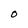
Character: O